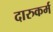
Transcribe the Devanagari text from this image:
दारुकर्म